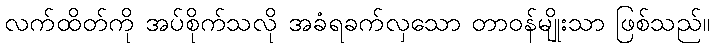
လက်ထိတ်ကို အပ်စိုက်သလို အခံရခက်လှသော တာဝန်မျိုးသာ ဖြစ်သည်။